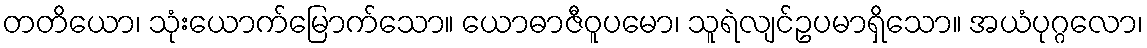
တတိယော၊ သုံးယောက်မြောက်သော။ ယောဓာဇီဝူပမော၊ သူရဲလျင်ဥပမာရှိသော။ အယံပုဂ္ဂလော၊